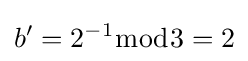
b'=2^{-1}{\bmod {3}}=2